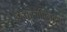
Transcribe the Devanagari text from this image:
इन्फ्रासपिनेटस